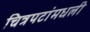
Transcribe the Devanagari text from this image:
चित्रपटांमधली